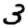
Digit: 3